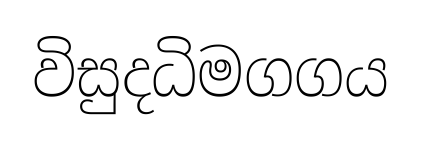
විසුදධිමගගය